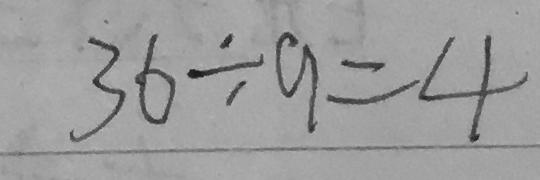
3 6 \div 9 = 4